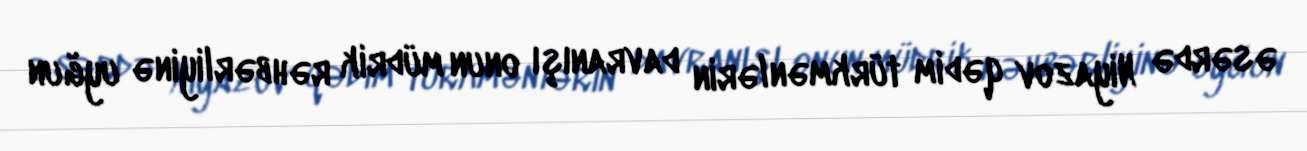
əsərdə Niyazov qədim türkmənlərin davranışı onun müdrik rəhbərliyinə uyğun